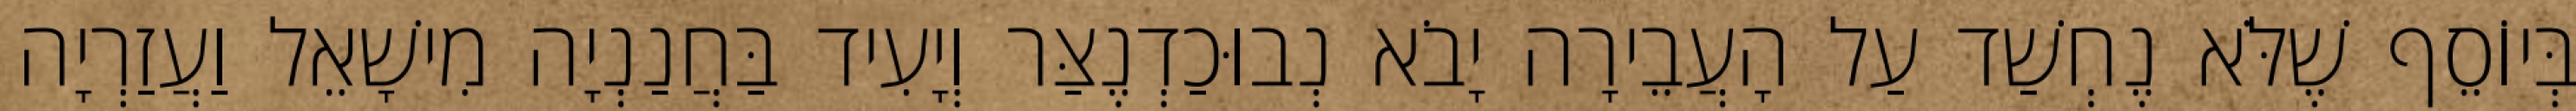
בְּיוֹסֵף שֶׁלֹּא נֶחְשַׁד עַל הָעֲבֵירָה יָבֹא נְבוּכַדְנֶצַּר וְיָעִיד בַּחֲנַנְיָה מִישָׁאֵל וַעֲזַרְיָה